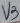
Text: V3